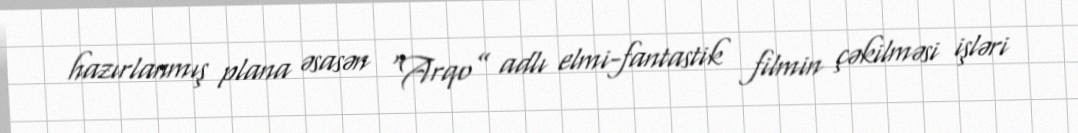
hazırlanmış plana əsasən “Arqo” adlı elmi-fantastik filmin çəkilməsi işləri